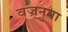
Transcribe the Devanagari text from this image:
वज्रनुमा